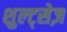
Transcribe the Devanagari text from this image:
शुल्ट्सेज़